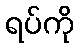
ရပ်ကို